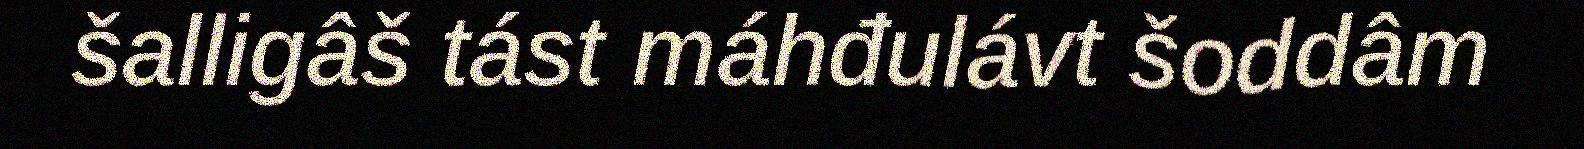
šalligâš tást máhđulávt šoddâm